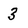
Character: 3